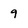
Character: 9